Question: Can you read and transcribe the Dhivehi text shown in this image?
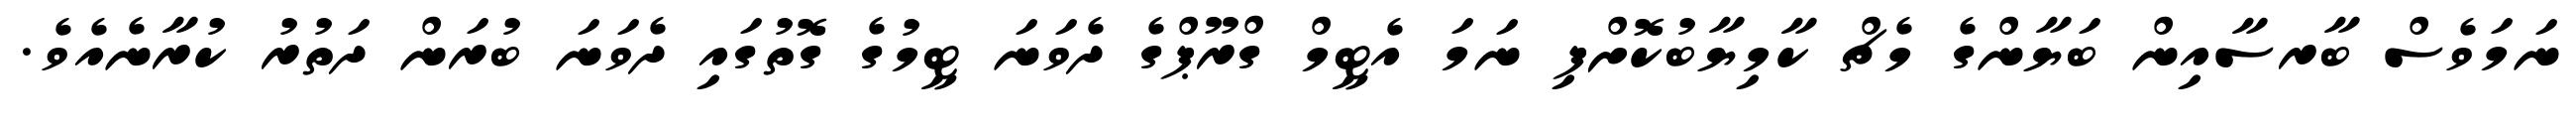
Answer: ނަމަވެސް ބާރސާއިން ބަޔާންގެ މެޗް ކާމިޔާބުކޮށްފި ނަމަ އެޓީމް ގްރޫޕްގެ ދެވަނަ ޓީމުގެ ގޮތުގައި ދެވަނަ ބުރަން ދަތުރު ކުރާނެއެވެ.